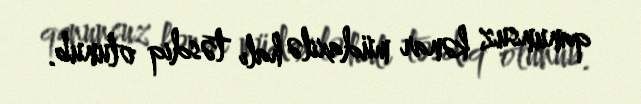
qanunsuz kənar müdaxilə halı təsdiq olunub.